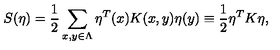
S ( \eta ) = \frac { 1 } { 2 } \sum _ { x , y \in \Lambda } \eta ^ { T } ( x ) K ( x , y ) \eta ( y ) \equiv \frac { 1 } { 2 } \eta ^ { T } K \eta ,